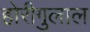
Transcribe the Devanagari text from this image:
होरीगुलाल